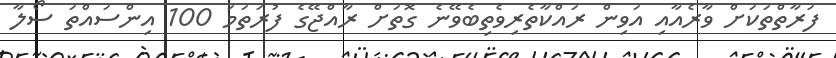
ފަރާތްތަކަށް ވާރެއާއި އަވިން ރައްކާތެރިވެތިބެވޭނެ ގޮތަށް ރާއްޖޭގެ ފުރަތަމަ 100 އިންސައްތަ ސޯލާ